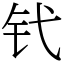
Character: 𬬩